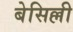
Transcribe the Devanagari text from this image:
बेसिल्ली